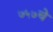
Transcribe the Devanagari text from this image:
७५७चे